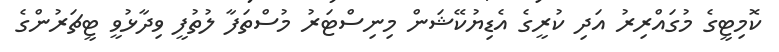
ކޮމިޓީގެ މުގައްރިރު އަދި ކުރީގެ އެޑިޔުކޭޝަން މިނިސްޓަރު މުސްތަފާ ލުތުފީ ވިދާޅުވީ ޓީޗަރުންގެ